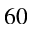
_ { 6 0 }